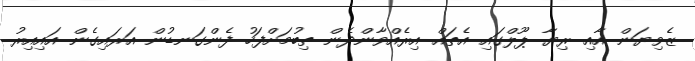
ޒެވިޔަން އާއި ރިޔާ ޕޫލްގައި އެތައް އިރެއްވާންދެން ތިބުމަށްފަހު ފެންގަނޑުން އަރައިގެން އައިއިރު